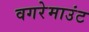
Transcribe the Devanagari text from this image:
वगरेमाउंट